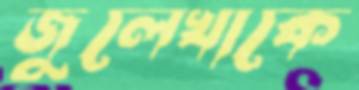
জুলেখাকে